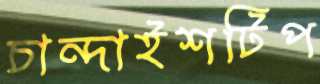
চান্দাইশটিপ